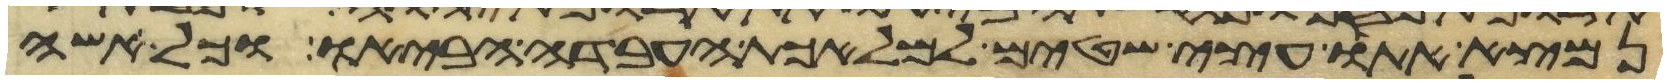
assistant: נמצא אתו עצי שטים למלאכת העבדה הביאו וכל אשה